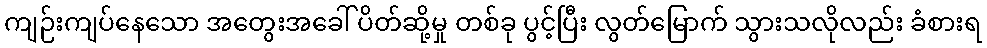
ကျဉ်းကျပ်နေသော အတွေးအခေါ် ပိတ်ဆို့မှု တစ်ခု ပွင့်ပြီး လွတ်မြောက် သွားသလိုလည်း ခံစားရ